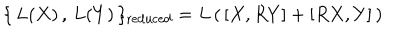
\{ \, L ( X ) \, , \, L ( Y ) \, \} _ { \mathrm { r e d u c e d } } = L \, ( \, [ X , R Y ] + [ R X , Y ] \, )